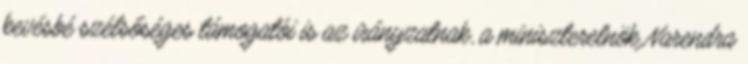
kevésbé szélsőséges támogatói is az irányzatnak, a miniszterelnök Narendra